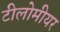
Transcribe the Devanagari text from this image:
टीलोमीयर